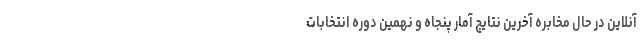
آنلاین در حال مخابره آخرین نتایج آمار پنجاه و نهمین دوره انتخابات